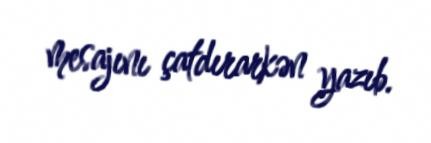
mesajını çatdırarkən yazıb.